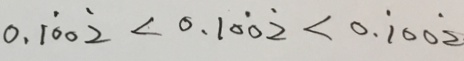
0 . 1 \dot { 0 } 0 \dot { 2 } < 0 . 1 0 \dot { 0 } \dot { 2 } < 0 . \dot { 1 } 0 0 \dot { 2 }